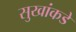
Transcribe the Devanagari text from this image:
सुखांकडे